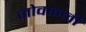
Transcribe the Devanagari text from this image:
जोवान्नी